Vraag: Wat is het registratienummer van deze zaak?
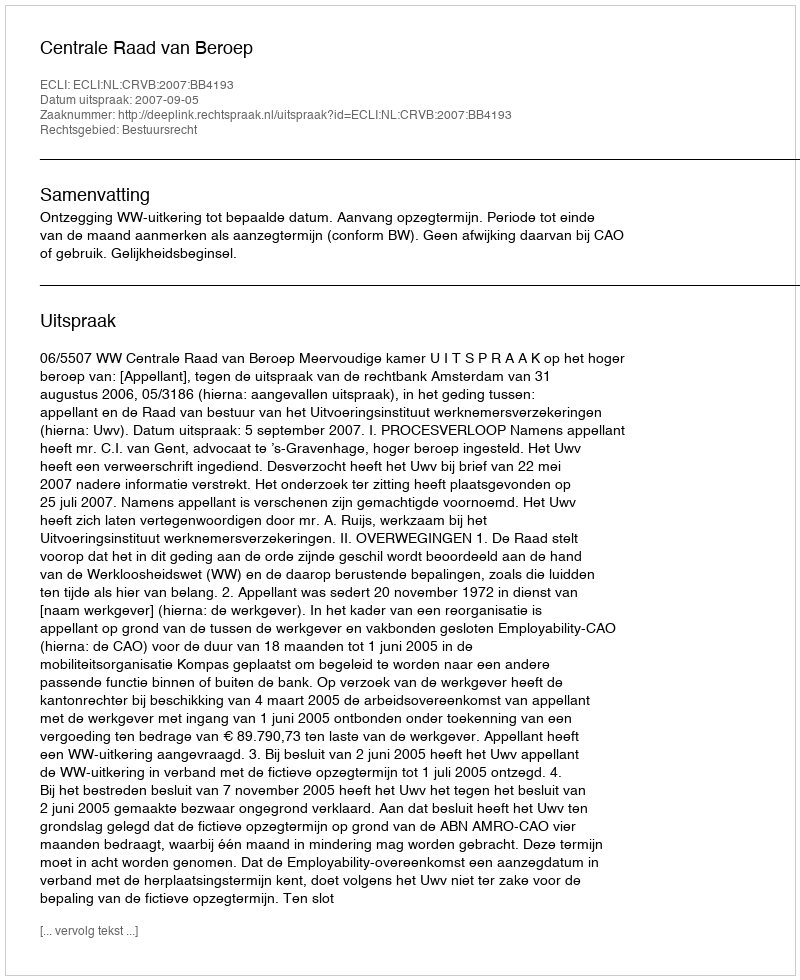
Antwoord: http://deeplink.rechtspraak.nl/uitspraak?id=ECLI:NL:CRVB:2007:BB4193